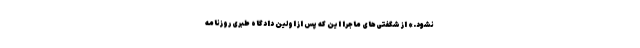
نشود.» از شگفتی‌های ماجرا این که پس از اولین دادگاه طبری روزنامه‌